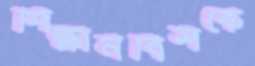
শিক্ষানবিশকে